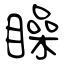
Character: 矂